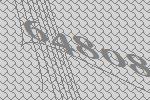
64808